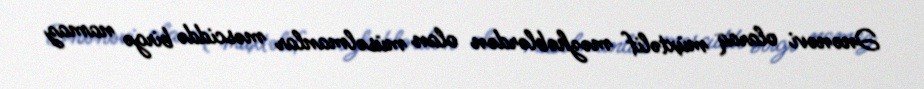
Ənənəvi olaraq müxtəlif məzhəblərdən olan müsəlmanlar məsciddə birgə namaz